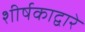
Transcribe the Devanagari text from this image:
शीर्षकाद्वारे